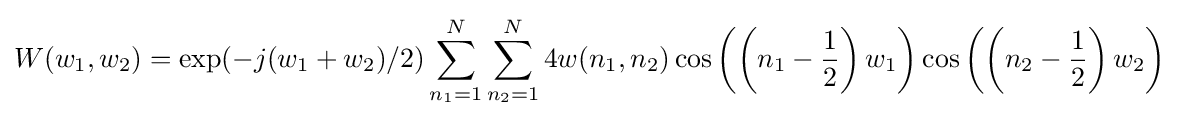
W(w_{1},w_{2})=\exp(-j(w_{1}+w_{2})/2)\sum _{n_{1}=1}^{N}\sum _{n_{2}=1}^{N}4w(n_{1},n_{2})\cos \left(\left(n_{1}-{\frac {1}{2}}\right)w_{1}\right)\cos \left(\left(n_{2}-{\frac {1}{2}}\right)w_{2}\right)